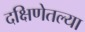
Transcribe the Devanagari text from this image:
दक्षिणेतल्या